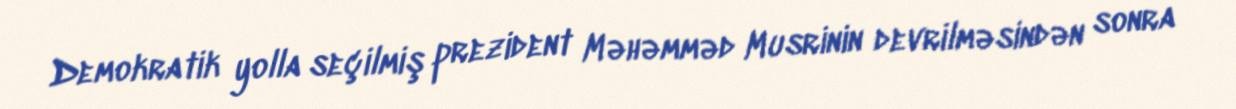
Demokratik yolla seçilmiş prezident Məhəmməd Musrinin devrilməsindən sonra